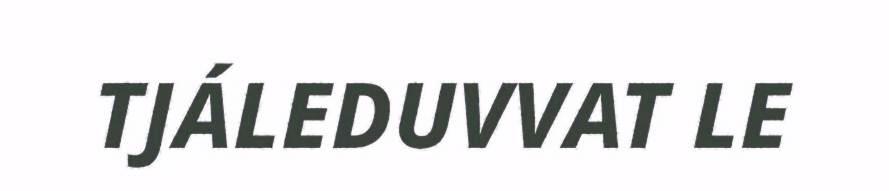
TJÁLEDUVVAT LE